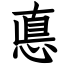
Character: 悳